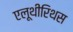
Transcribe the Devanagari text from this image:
एलूथीरिथस